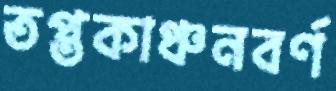
তপ্তকাঞ্চনবর্ণ